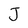
Character: J